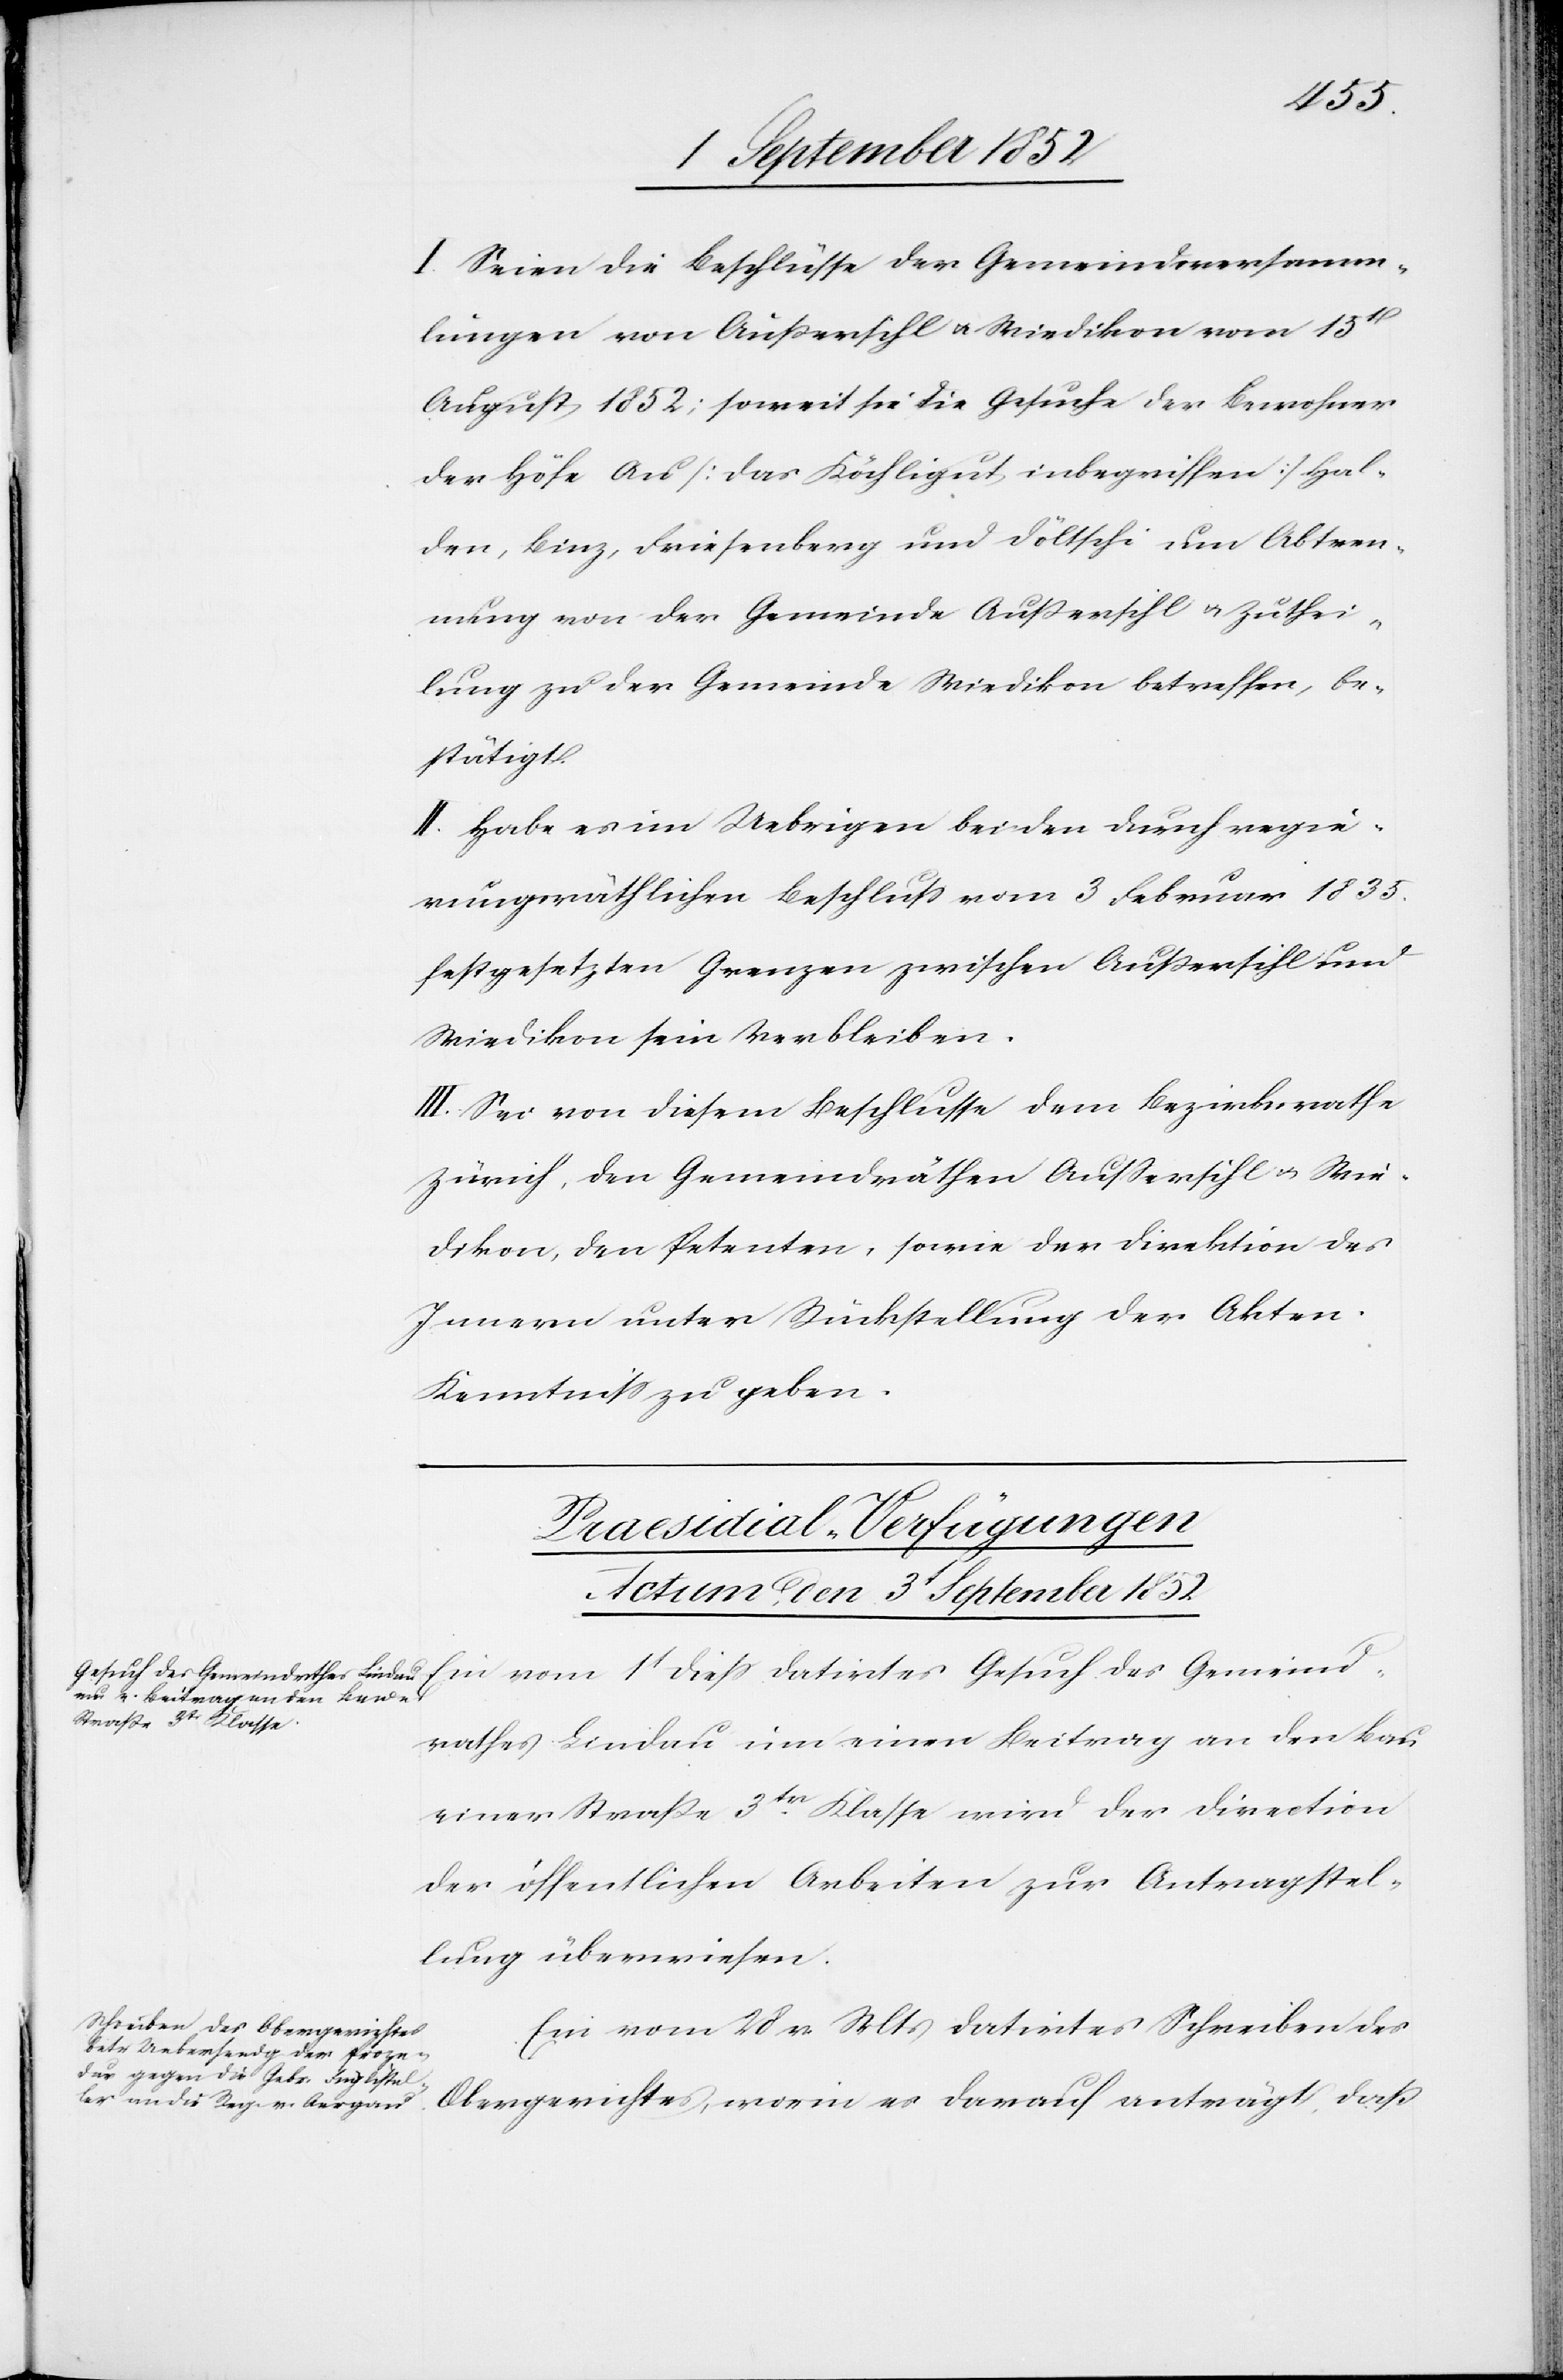
I. Seien die Beschlüsse der Gemeindsversamm¬
lungen von Außersihl & Wiedikon vom 15t
August 1852; soweit sie die Gesuche der Bewohner
der Höfe Au [das Köchligut inbegriffen] Hal¬
den, Binz, Friesenberg und Döltschi um Abtren¬
nung von der Gemeinde Außersihl & Zuthei¬
lung zu der Gemeinde Wiedikon betreffen, be¬
stätigt.
II. Habe es im Uebrigen bei den durch regie¬
rungsräthlichen Beschluss vom 3 Februar 1835.
festgesetzten Grenzen zwischen Außersihl und
Wiedikon sein Verbleiben.
III. Sei von diesem Beschlusse dem Bezirksrathe
Zürich, den Gemeindräthen Aussersihl & Wie¬
dikon, den Petenten, sowie der Direktion des
Innern unter Rückstellung der Akten
Kenntniss zu geben.
[Praesidial-Verfügungen
Actum, den 3t September 1852]
Gesuch des Gemeindrathes Lindau um einen Beitrag an den Bau einer Straße 3tr. Klasse wird der Direction
der öffentlichen Arbeiten zur Antragstel¬
lung überwiesen.
Ein vom 28 v. Mts datirtes Schreiben des